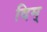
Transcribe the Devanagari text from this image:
दिम्